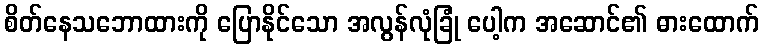
စိတ်နေသဘောထားကို ပြောနိုင်သော အလွန်လုံခြုံ ပေါ့က အဆောင်၏ ဓားထောက်